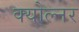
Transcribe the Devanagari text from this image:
क्योल्नर